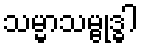
သမ္မာသမ္ဗုဒ္ဓါ